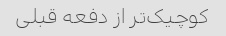
کوچیک‌تر از دفعه قبلی